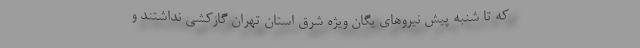
که تا شنبه پیش نیروهای یگان ویژه شرق استان تهران گازکشی نداشتند و